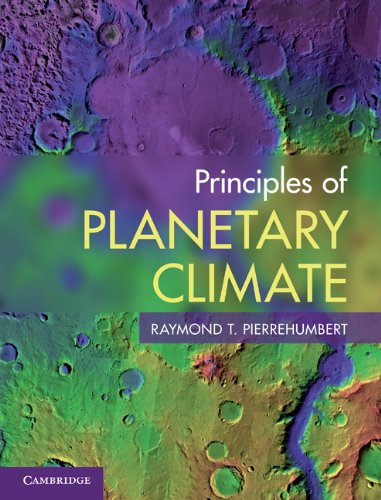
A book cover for Principles of Planetary Climate; Raymond T. Pierrehumbert; Science & Math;